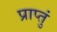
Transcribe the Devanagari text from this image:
प्राप्तुं